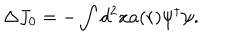
LaTeX: \Delta J _ { 0 } = - \int d ^ { 2 } x a ( r ) \psi ^ { \dagger } \psi .